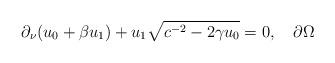
LaTeX: \begin{align*}\partial_\nu (u_0+\beta u_1)+u_1\sqrt{c^{-2}-2\gamma u_0}= 0,\quad\partial\Omega\end{align*}